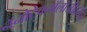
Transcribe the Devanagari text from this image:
नॅनोटेक्नॉलॉजीवरील